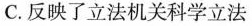
C.反映了立法机关科学立法